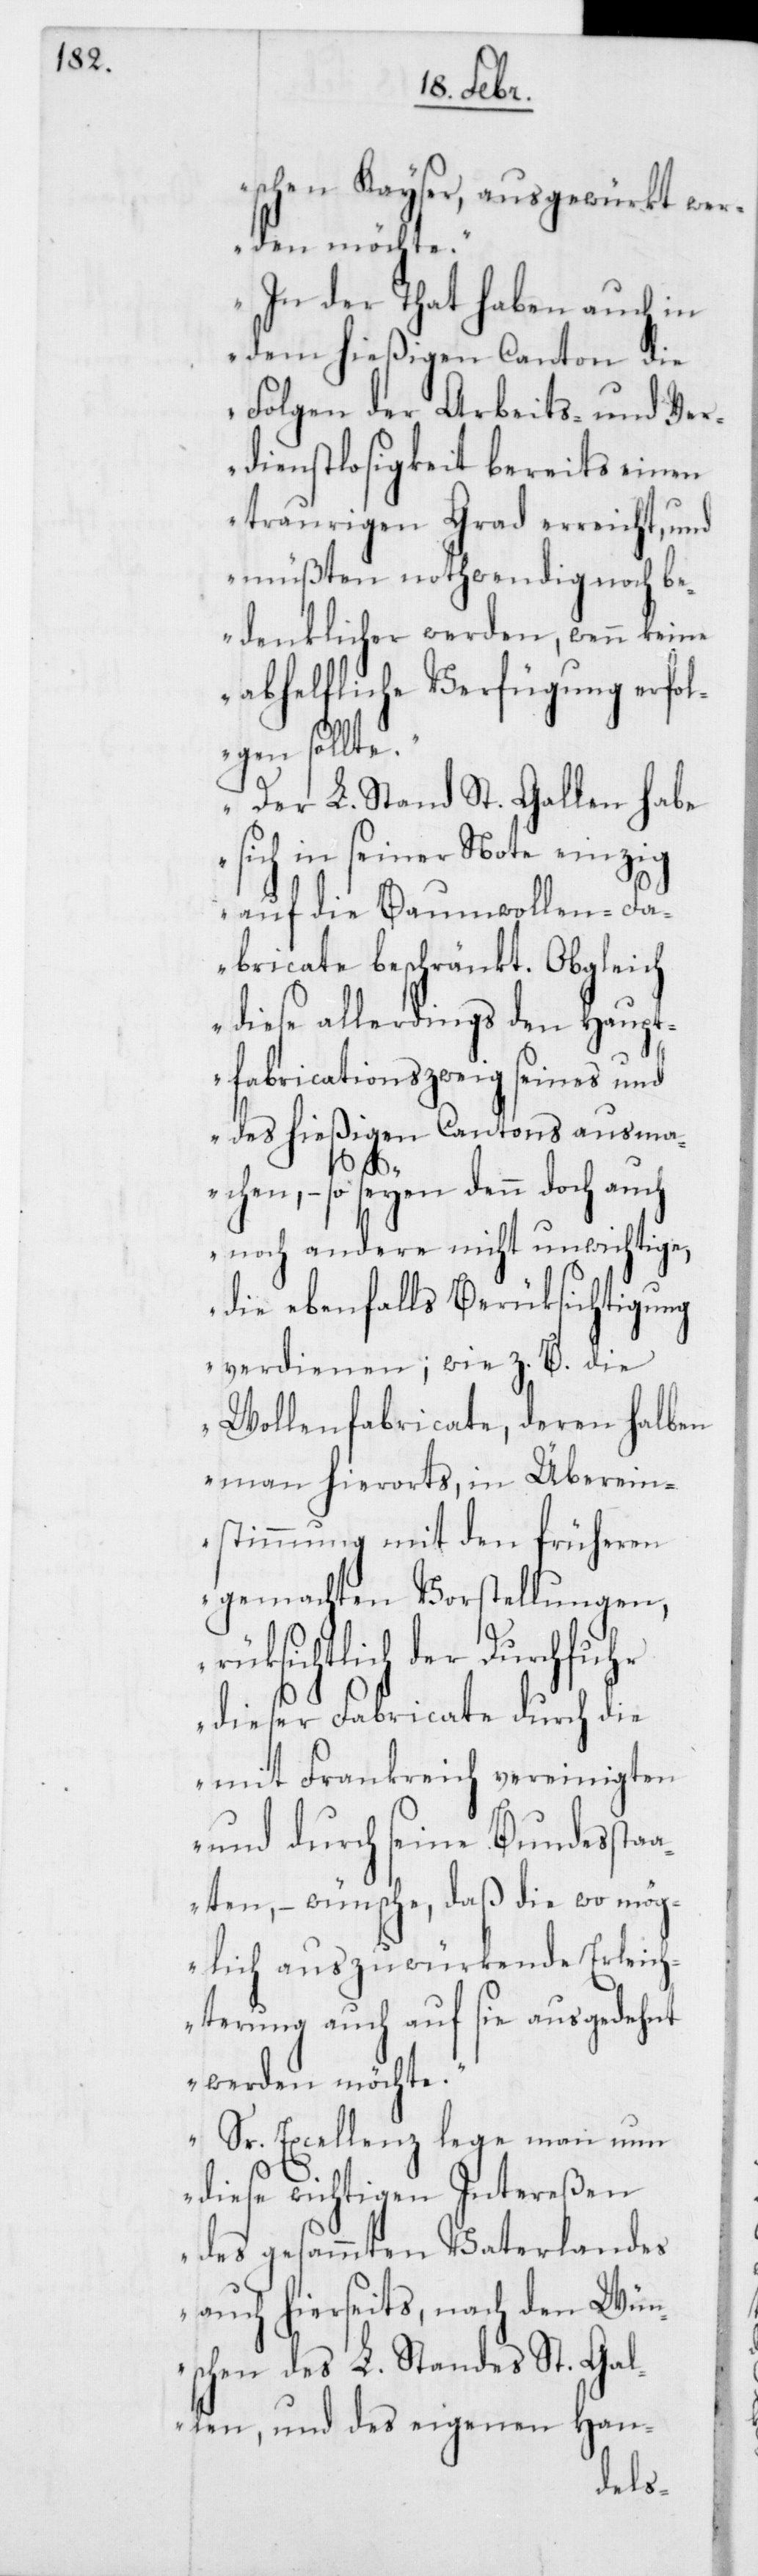
schen Kayser, ausgewürkt wer¬
den möchte.
In der That haben auch in
dem hießigen Canton die
Folgen der Arbeits- und Ver¬
dienstlosigkeit bereits einen
traurigen Grad erreicht, und
müßten nothwendig noch be¬
denklicher werden, wenn keine
abhelfliche Verfügung erfol¬
gen sollte.
Der L. Stand St. Gallen habe
sich in seiner Note einzig
auf die Baumwollen-Fa¬
bricate beschränkt. Obgleich
diese allerdings den Haupt¬
fabricationszweig seines und
des hießigen Cantons ausma¬
chen, – so seyen denn doch auch
noch andere nicht unwichtige,
die ebenfalls Berüksichtigung
verdienen; wie z. B. die
Wollenfabricate, deren halben
man hierorts, in Überein¬
stimmung mit den früheren
gemachten Vorstellungen,
rüksichtlich der Durchfuhr
dieser Fabricate durch die
mit Frankreich
und durch seine Bundessta¬
hnt
aten, – wünsche, daß die
möglich auszuwürkende Erlei¬
chterung auch auf sie ausgede¬
werden möchte.
Sr. Excellenz lege man nun
diese wichtigen Intereßen
des gesammten Vaterlandes
auch hierseits, nach den Wün¬
schen des L. Standes St. Gal¬
len, und des eigenen Han-